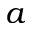
a